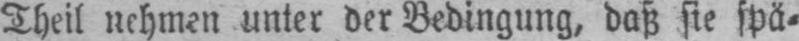
Theil nehmen unter der Bedingung, daß sie spä⸗